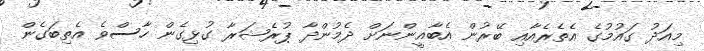
މިއަދު ގައުމުގެ އެތެރެއާއި ބޭރުން އެބާޣީންނަށް ދެމުންދާ ޕުރެޝަރާ ގުޅިގެން ހާސްވެ އެތިބަގެން